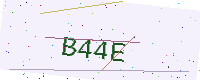
Text: B44E